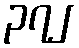
၃၇၂